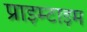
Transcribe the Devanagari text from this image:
प्राइम्टाइम